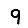
Digit: 9